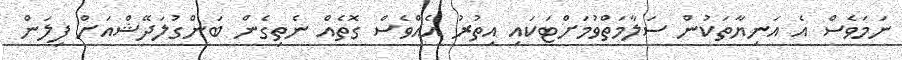
ނަމަވެސް އެ އަނިޔާތަކުން ސަލާމަތްވުމަށްޓަކައި އިތުރު އެއްވެސް ގޮތެއް ނެތިގެން ބަންގުލަދޭޝްއަށް ފިލަން